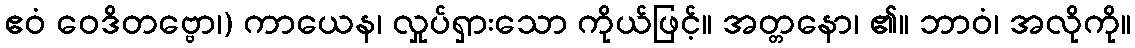
ဧဝံ ဝေဒိတဗ္ဗော၊) ကာယေန၊ လှုပ်ရှားသော ကိုယ်ဖြင့်။ အတ္တနော၊ ၏။ ဘာဝံ၊ အလိုကို။